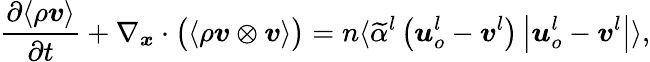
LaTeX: \frac{\partial\langle\rho\boldsymbol{v}\rangle}{\partial t}+\nabla_{\boldsymbol{x}}\cdot\big(\langle\rho\boldsymbol{v}\otimes\boldsymbol{v}\rangle\big)=n\langle\widetilde{\alpha}^{l}\left(\boldsymbol{u}_{o}^{l}-\boldsymbol{v}^{l}\right)\left|\boldsymbol{u}_{o}^{l}-\boldsymbol{v}^{l}\right|\rangle,